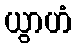
ယွာဟံ